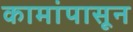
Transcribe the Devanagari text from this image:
कामांपासून